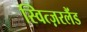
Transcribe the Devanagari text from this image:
स्वित्ज़रलैंड